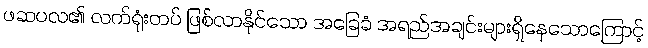
ဖဆပလ၏ လက်ရုံးတပ် ဖြစ်လာနိုင်သော အခြေခံ အရည်အချင်းများရှိနေသောကြောင့်